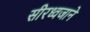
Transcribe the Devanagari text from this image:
सीरध्वजाने